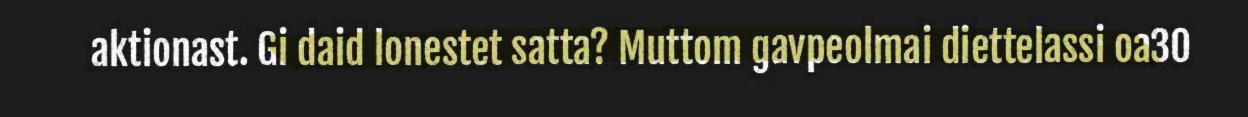
aktionast. Gi daid lonestet satta? Muttom gavpeolmai diettelassi oa30